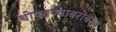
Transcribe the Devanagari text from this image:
थोपवण्याबरोबरच